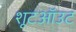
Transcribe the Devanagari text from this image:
शूटऑउट